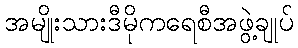
အမျိုးသားဒီမိုကရေစီအဖွဲ့ချုပ်